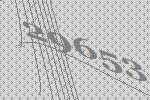
29653